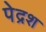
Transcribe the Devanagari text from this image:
पेद्रश